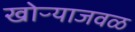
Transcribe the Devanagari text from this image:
खोऱ्याजवळ